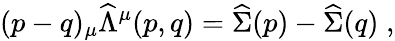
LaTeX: (p-q)_{\mu}\widehat{\Lambda}^{\mu}(p,q)=\widehat{\Sigma}(p)-\widehat{\Sigma}(q)\; ,